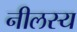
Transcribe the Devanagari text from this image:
नीलस्य